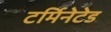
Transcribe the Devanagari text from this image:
टर्मिनेटेड